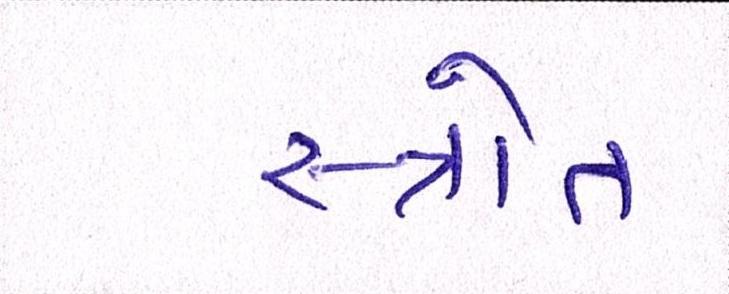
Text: સ્ત્રોત